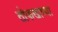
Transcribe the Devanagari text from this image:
तोफखाण्या